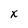
Character: X